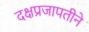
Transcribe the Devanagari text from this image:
दक्षप्रजापतीने